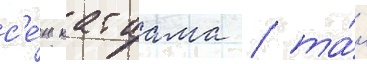
с'е́н катаама / та́н